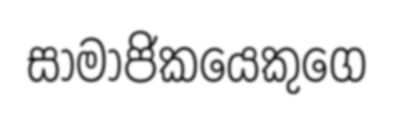
සාමාජිකයෙකුගෙ